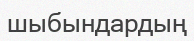
шыбындардың